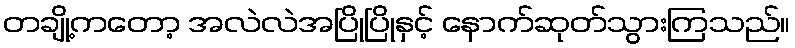
တချို့ကတော့ အလဲလဲအပြိုပြိုနှင့် နောက်ဆုတ်သွားကြသည်။